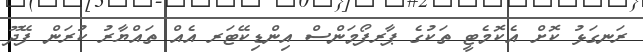
ރަނގަޅު ކޮށް އެކޮމެޓީ ތަކުގެ ޕާރފޯމަންސް އިންޑިކޭޓަރ އެއް ތައްޔާރު ކުރަން ފޭދޫ